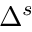
Δ ^ { s }